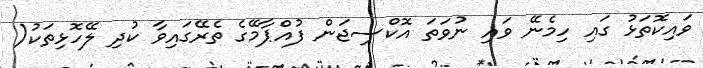
ވައިކޮތަޅު ގައި ހިމެނޭ ވައި ނުވަތަ އޮކްސިޖަން ފުއްޕާމޭގެ ތެރޭގައިވާ ކުދި ލޭހޮޅިތަކު(